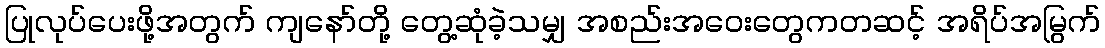
ပြုလုပ်ပေးဖို့အတွက် ကျနော်တို့ တွေ့ဆုံခဲ့သမျှ အစည်းအဝေးတွေကတဆင့် အရိပ်အမြွက်